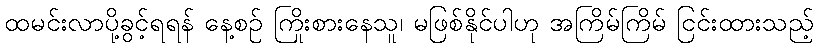
ထမင်းလာပို့ခွင့်ရရန် နေ့စဉ် ကြိုးစားနေသူ၊ မဖြစ်နိုင်ပါဟု အကြိမ်ကြိမ် ငြင်းထားသည့်